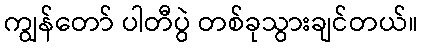
ကျွန်တော် ပါတီပွဲ တစ်ခုသွားချင်တယ်။